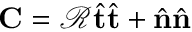
\mathbf { C } = \mathcal { R } \hat { \mathbf { t } } \hat { \mathbf { t } } + \hat { \mathbf { n } } \hat { \mathbf { n } }